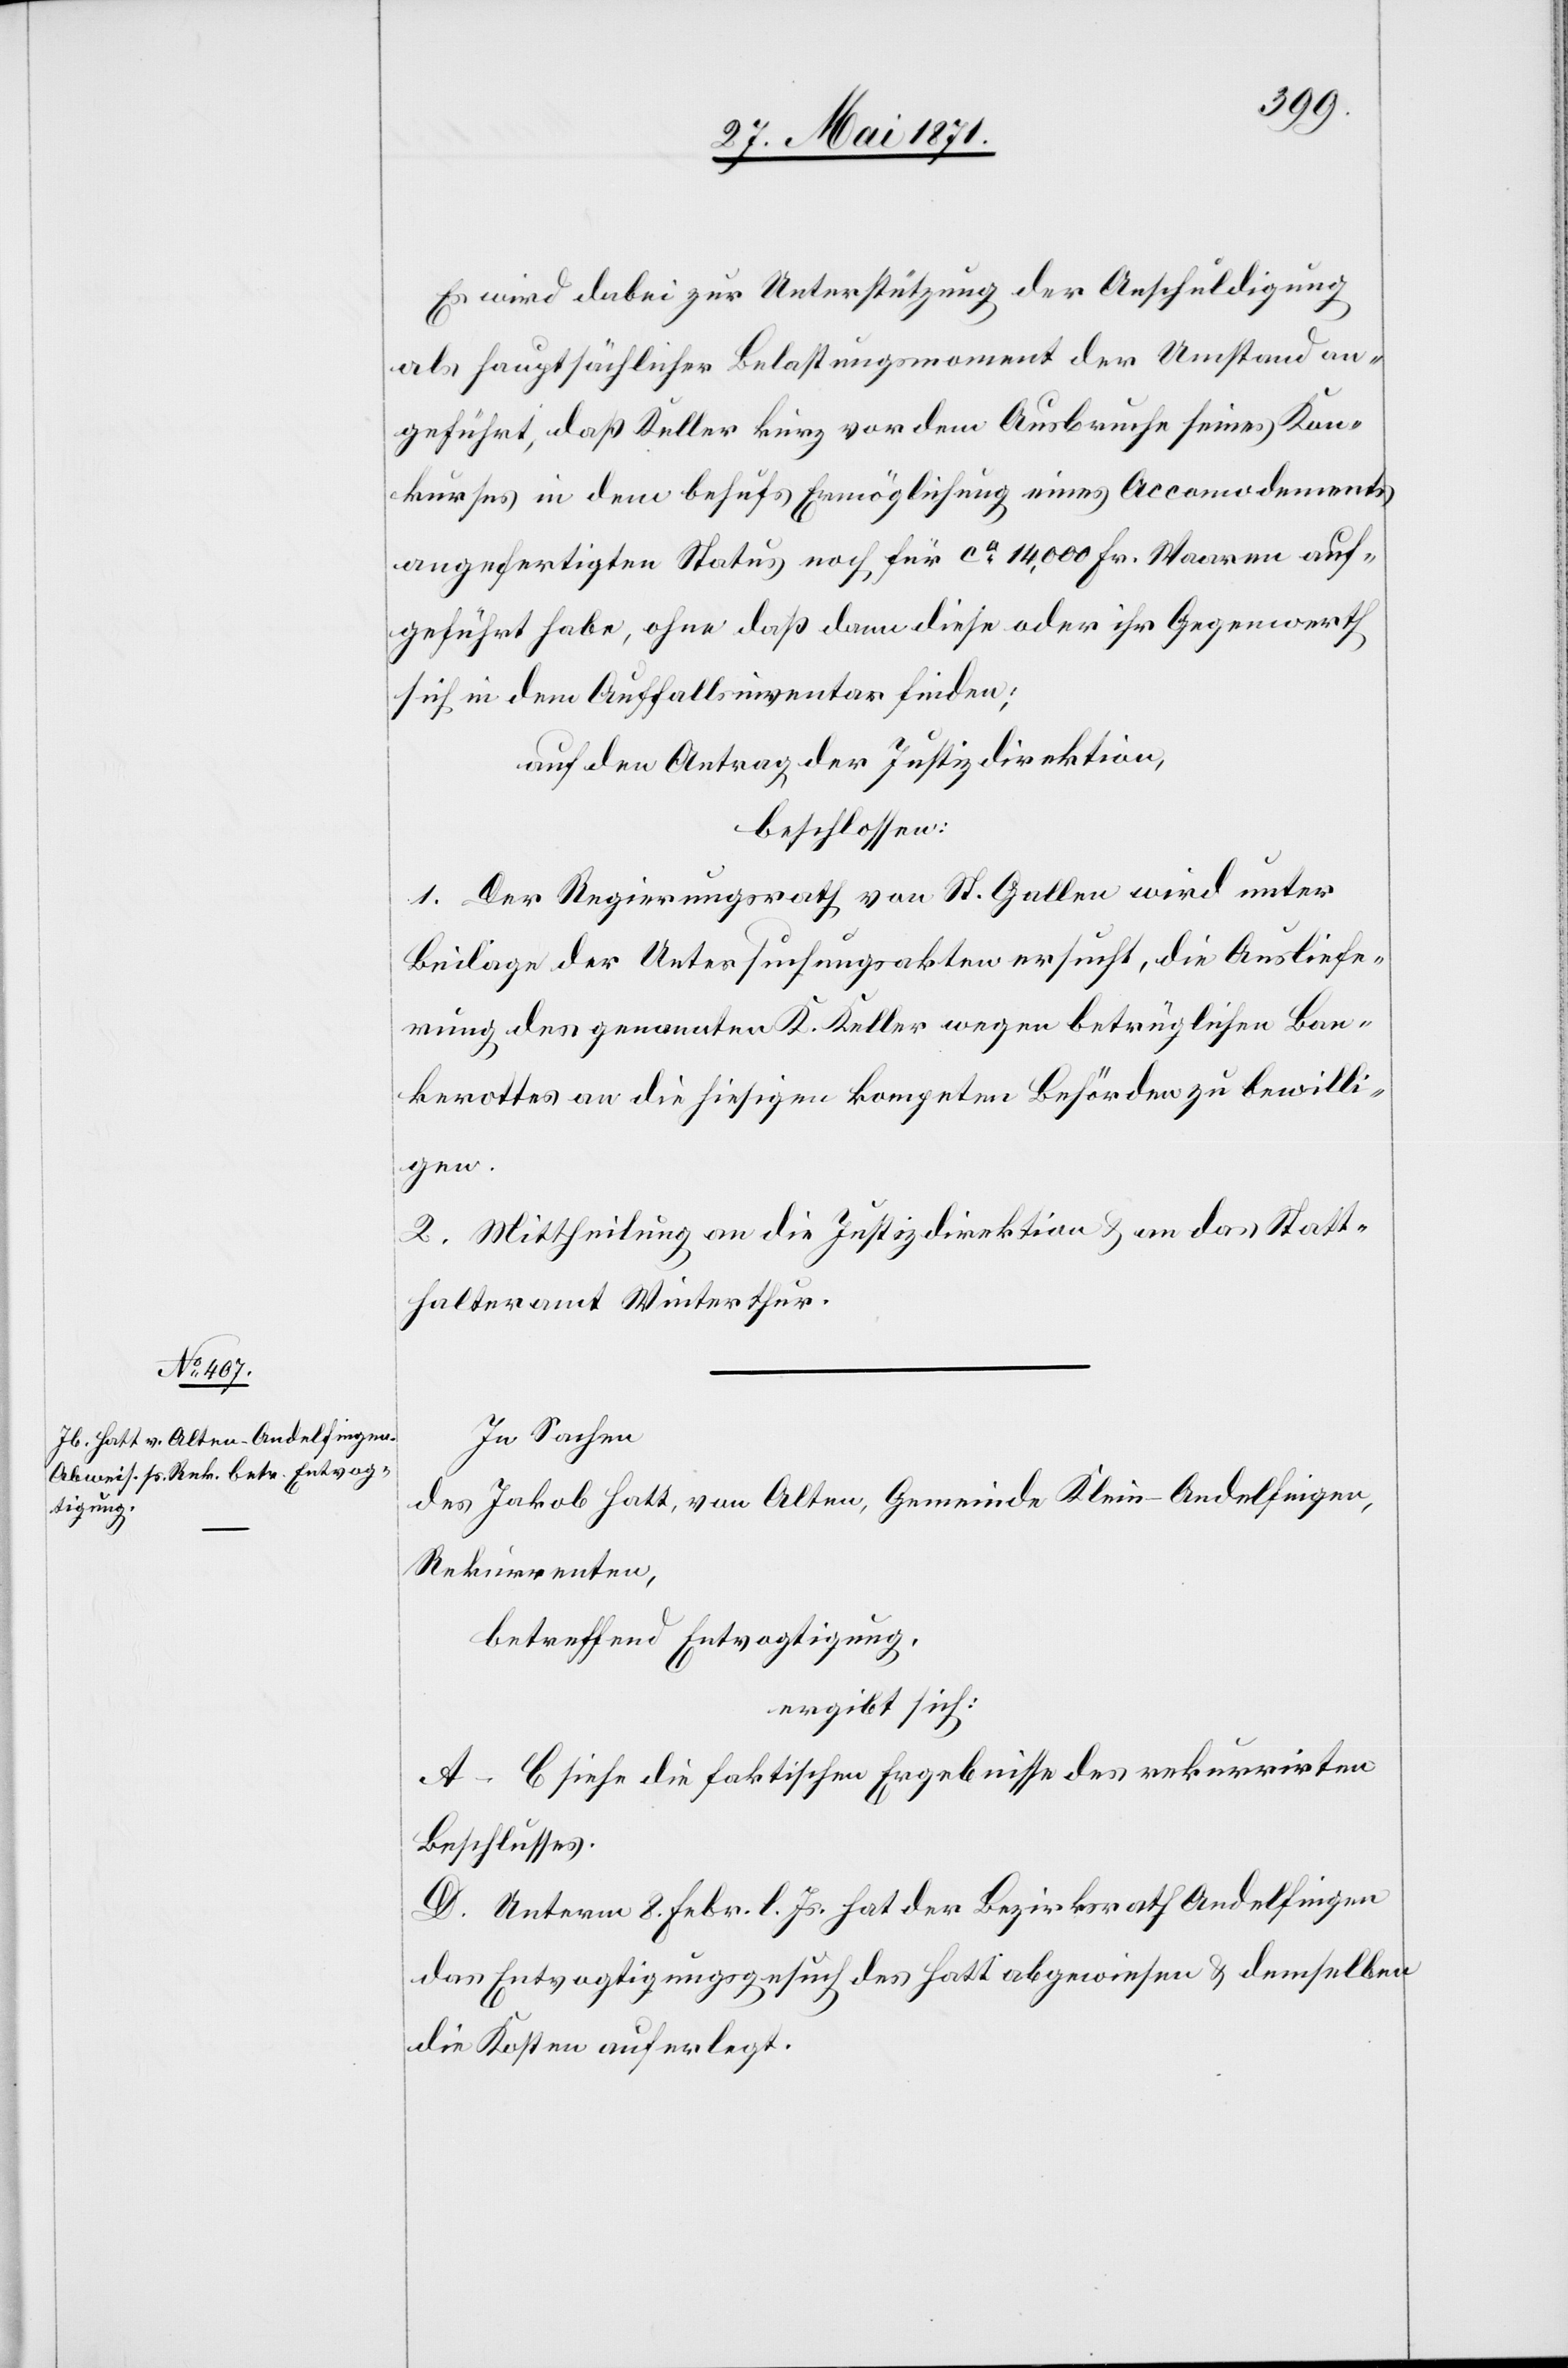
Es wird dabei zur Unterstützung der Anschuldigung
als hauptsächlicher Belastungsmoment der Umstand an¬
geführt, daß Keller kurz vor dem Ausbruche seines Kon¬
kurses in dem behufs Ermöglichung eines Accomodements
angefertigten Status noch für ca. 14,000 Fr. Waaren auf¬
geführt habe, ohne daß dann diese oder ihr Gegenwerth
sich in dem Auffallsinventar finden;
auf den Antrag der Justizdirektion,
beschlossen:
1. Der Regierungsrath von St. Gallen wird unter
Beilage der Untersuchungsakten ersucht, die Ausliefe¬
rung des genannten K. Keller wegen betrüglichen Ban¬
kerottes an die hiesigen kompeten [sic!] Behörden zu bewilli¬
gen.
2. Mittheilung an die Justizdirektion u. an das Statt¬
halteramt Winterthur.
In Sachen
des Jakob Hatt, von Alten, Gemeinde Klein-Andelfingen,
Rekurrenten,
betreffend Entvogtigung,
ergibt sich:
A–C siehe die faktischen Ergebnisse des rekurrirten
Beschlusses.
D. Unterm 8. Febr. l. Js. hat der Bezirksrath Andelfingen
das Entvogtigungsgesuch des Hatt abgewiesen u. demselben
die Kosten auferlegt.